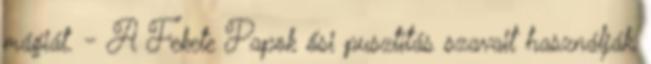
mágiát. - A Fekete Papok ősi pusztítás szavait használják,